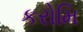
કરોમિ